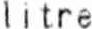
LITRE